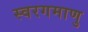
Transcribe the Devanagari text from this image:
स्वरगमाणु